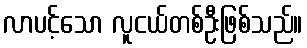
လာပင့်သော လူငယ်တစ်ဦးဖြစ်သည်။